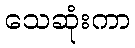
သေဆုံးကာ